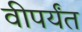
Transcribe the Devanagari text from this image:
वीपर्यंत